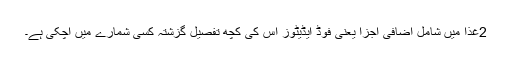
2غذا میں شامل اضافی اجزا یعنی فوڈ ایڈیٹوز اس کی کچھ تفصیل گزشتہ کسی شمارے میں آچکی ہے۔